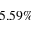
5 . 5 9 \%